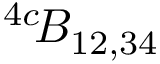
^ { 4 c } \! { \cal B } _ { 1 2 , 3 4 }